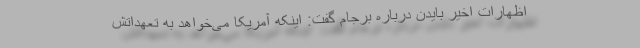
اظهارات اخیر بایدن درباره برجام گفت: اینکه آمریکا می‌خواهد به تعهداتش